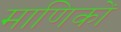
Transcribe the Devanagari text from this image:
माणिकों